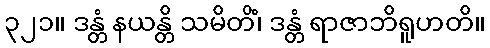
၃၂၁။ ဒန္တံ နယန္တိ သမိတိံ၊ ဒန္တံ ရာဇာဘိရူဟတိ။